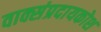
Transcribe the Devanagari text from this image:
वाक्संप्रदायकोश